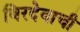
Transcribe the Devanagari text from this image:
बिरदेवाची